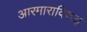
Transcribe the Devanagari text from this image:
आरमाराविरुद्ध